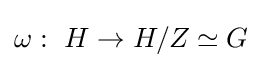
\omega :\ H\to H/Z\simeq G